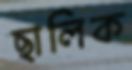
ছালিক